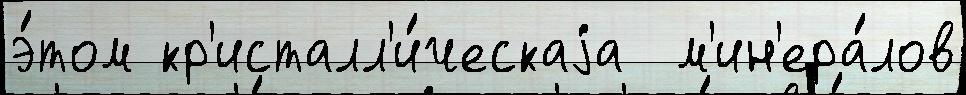
э́том кр'исталл'и́ческаjа  м'ин'ера́лов